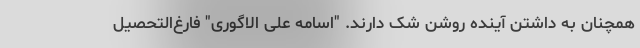
همچنان به داشتن آینده روشن شک دارند. "اسامه علی الاگوری" فارغ‌التحصیل